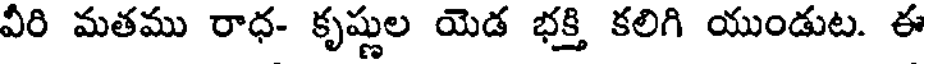
వీరి మతము రాధ- కృష్ణుల యెడ భక్తి కలిగి యుండుట. ఈ